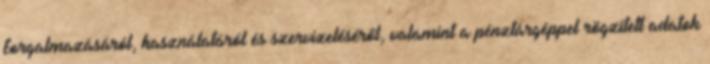
forgalmazásáról, használatáról és szervizeléséről, valamint a pénztárgéppel rögzített adatok